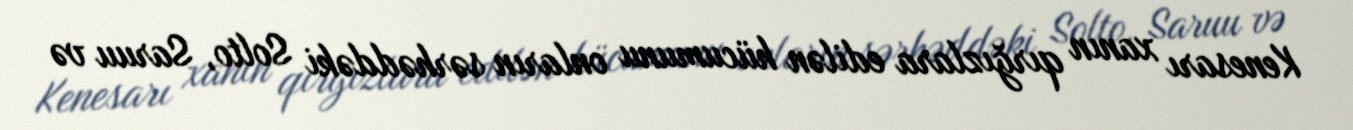
Kenesarı xanın qırğızlara edilən hücumunu onların sərhəddəki Solto, Saruu və